Malarial fevers
Disease focus: Malaria
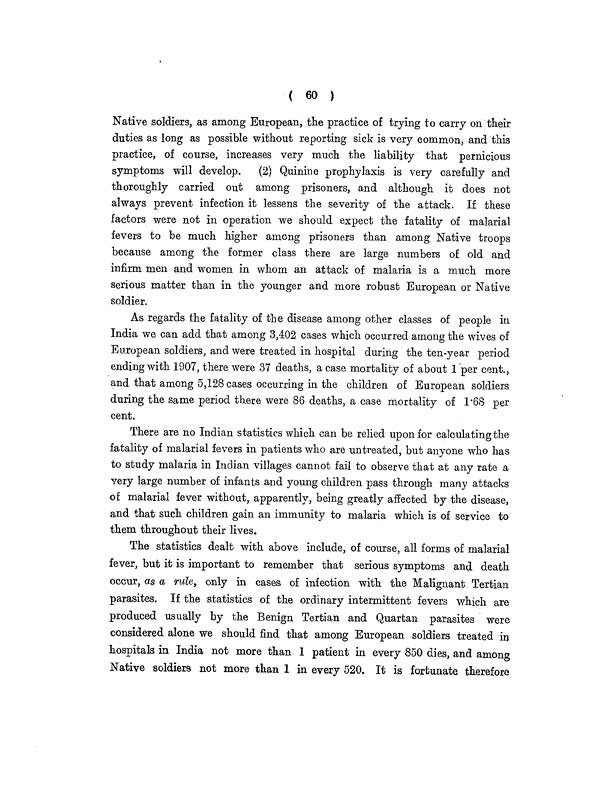
( 60 )
Native soldiers, as among European, the practice of trying to carry on their
duties as long as possible without reporting sick is very common, and this
practice, of course, increases very much the liability that pernicious
symptoms will develop. (2) Quinine prophylaxis is very carefully and
thoroughly carried out among prisoners, and although it does not
always prevent infection it lessens the severity of the attack. If these
factors were not in operation we should expect the fatality of malarial
fevers to be much higher among prisoners than among Native troops
because among the former class there are large numbers of old and
infirm men and women in whom an attack of malaria is a much more
serious matter than in the younger and more robust European or Native
soldier.
As regards the fatality of the disease among other classes of people in
India we can add that among 3,402 cases which occurred among the wives of
European soldiers, and were treated in hospital during the ten-year period
ending with 1907, there were 37 deaths, a case mortality of about 1 per cent.,
and that among 5,128 cases occurring in the children of European soldiers
during the same period there were 86 deaths, a case mortality of 1.68 per
cent.
There are no Indian statistics which can be relied upon for calculating the
fatality of malarial fevers in patients who are untreated, but anyone who has
to study malaria in Indian villages cannot fail to observe that at any rate a
very large number of infants and young children pass through many attacks
of malarial fever without, apparently, being greatly affected by the disease,
and that such children gain an immunity to malaria which is of service to
them throughout their lives.
The statistics dealt with above include, of course, all forms of malarial
fever, but it is important to remember that serious symptoms and death
occur, as a rule, only in cases of infection with the Malignant Tertian
parasites. If the statistics of the ordinary intermittent fevers which are
produced usually by the Benign Tertian and Quartan parasites were
considered alone we should find that among European soldiers treated in
hospitals in India not more than 1 patient in every 850 dies, and among
Native soldiers not more than 1 in every 520. It is fortunate therefore